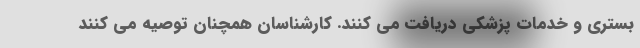
بستری و خدمات پزشکی دریافت می کنند. کارشناسان همچنان توصیه می کنند